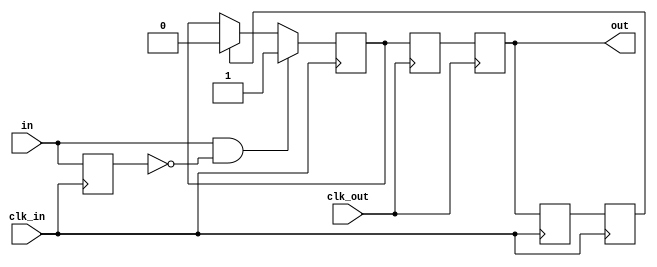

// Retime a single bit from one clock domain to another
// Guarantees that no matter what the relative clock rates, if the in signal is high for at least
//   one clock cycle in the clk_in domain, then the out signal will be high for at least one
//   clock cycle in the clk_out domain.  If the in signal goes high again before the process is done
//   the behavior is undefined.  No other guarantees.  Designed for passing reset into a new
//   clock domain.

module oneshot_2clk
  (input clk_in,
   input in,
   input clk_out,
   output reg out);

   reg 	  del_in = 0;
   reg 	  sendit = 0, gotit = 0;
   reg 	  sendit_d = 0, gotit_d = 0;
   
   always @(posedge clk_in) del_in <= in;

   always @(posedge clk_in)
     if(in & ~del_in)  // we have a positive edge
       sendit <= 1;
     else if(gotit)
       sendit <= 0;

   always @(posedge clk_out) sendit_d <= sendit;
   always @(posedge clk_out) out <= sendit_d;

   always @(posedge clk_in) gotit_d <= out;
   always @(posedge clk_in) gotit <= gotit_d;

endmodule // oneshot_2clk